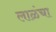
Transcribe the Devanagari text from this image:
लाळंचा